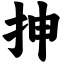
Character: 抻